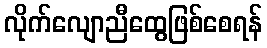
လိုက်လျောညီထွေဖြစ်စေရန်